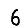
Digit: 6